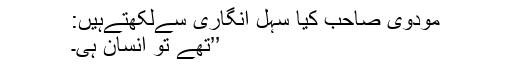
مودوی صاحب کیا سہل انگاری سےلکھتےہیں:
’’تھے تو انسان ہی۔